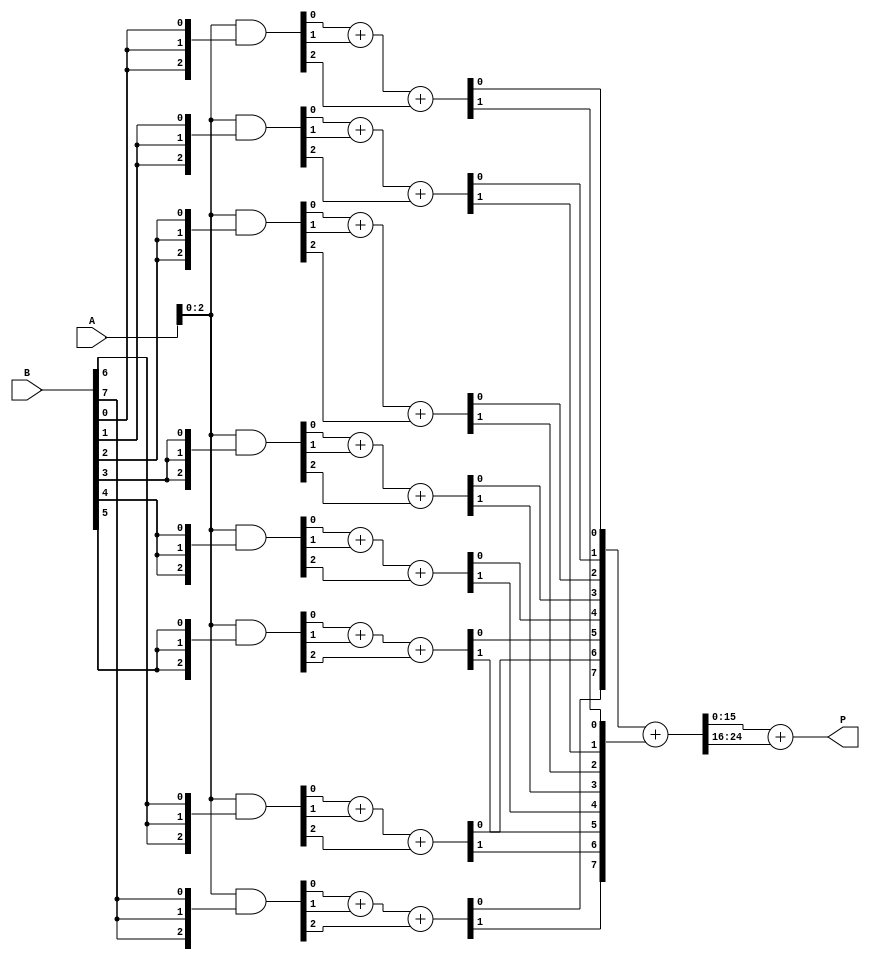
module higher_radix_wallace_tree_multiplier #(
    parameter N = 8, // Bit-width of the inputs
    parameter RADIX = 8 // Radix (8 or 16)
)(
    input [N-1:0] A, // Multiplicand
    input [N-1:0] B, // Multiplier
    output reg [2*N-1:0] P // Product
);

// Partial product generation
wire [N*3-1:0] pp; // For Radix-8, 3 bits per multiplier bit
// For Radix-16, change the size accordingly
generate
    genvar i;
    for (i = 0; i < N; i = i + 1) begin : pp_gen
        if (RADIX == 8) begin
            assign pp[i*3 +: 3] = A & {3{B[i]}};
        end else if (RADIX == 16) begin
            assign pp[i*4 +: 4] = A & {4{B[i]}};
        end
    end
endgenerate

// Wallace Tree Reduction
wire [N*3-1:0] sum_stage1; // Intermediate sums
wire [N*3-1:0] carry_stage1; // Intermediate carries

// Full adder and half adder logic
generate
    for (i = 0; i < N*3/3; i = i + 1) begin : reduction_stage1
        if (RADIX == 8) begin
            // 3 inputs to sum
            wire [2:0] a = pp[i*3 +: 3];
            assign {carry_stage1[i], sum_stage1[i]} = a[0] + a[1] + a[2];
        end else if (RADIX == 16) begin
            // 4 inputs to sum
            wire [3:0] a = pp[i*4 +: 4];
            assign {carry_stage1[i], sum_stage1[i]} = a[0] + a[1] + a[2] + a[3];
        end
    end
endgenerate

// Further reduction stages can be added here
// For simplicity, we will assume only one reduction stage is implemented

// Final addition
wire [2*N-1:0] final_sum;
wire [2*N-1:0] final_carry;

// Final addition logic
assign {final_carry, final_sum} = {1'b0, sum_stage1} + {1'b0, carry_stage1};

// Assign the final product
always @(*) begin
    P = final_sum + final_carry; // Final product
end

endmodule